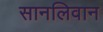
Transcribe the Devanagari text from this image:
सानलिवान